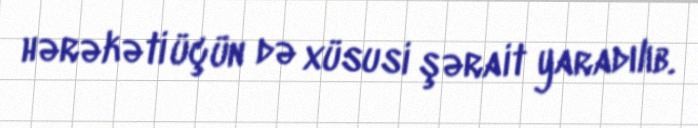
hərəkəti üçün də xüsusi şərait yaradılıb.